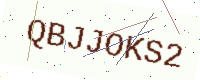
Text: QBJJOKS2